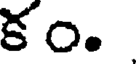
కం.